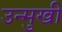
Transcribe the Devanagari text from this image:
उन्‍मुखी